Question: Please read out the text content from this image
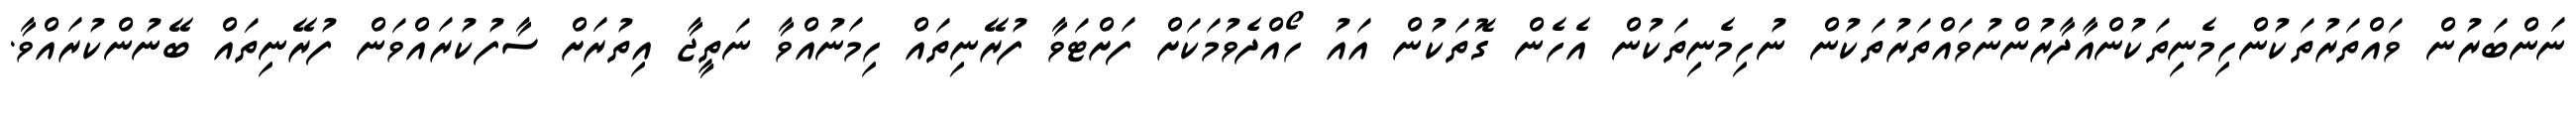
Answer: ނަންބަރުން ވައްތަރުތަކުންހިމެނިތަކުންއާދާރުންނުވައްތަރުތަކުން ނުހިމެނިތަކުން އެހެން ގޮތަކުން އައު ހޯއްދެވުމަކަށް ފަށްޓަވާ ފުރޭނިތައް ހިމަނުއްވާ ނަތީޖާ އިތުރަށް ސާފުކުރައްވަން ފުރޭނިތައް ބޭނުންކުރައްވާ.